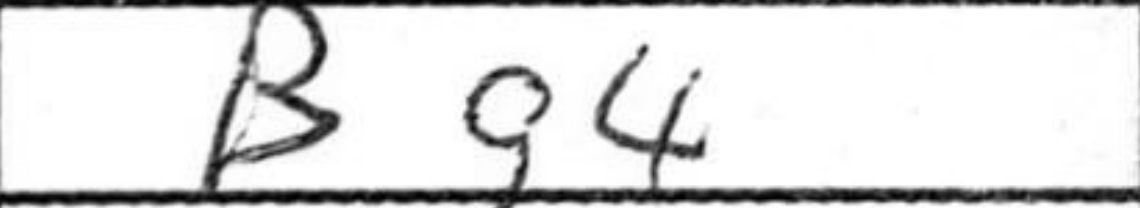
Transcription: Bg4